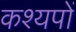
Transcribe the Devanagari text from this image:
कश्यपों